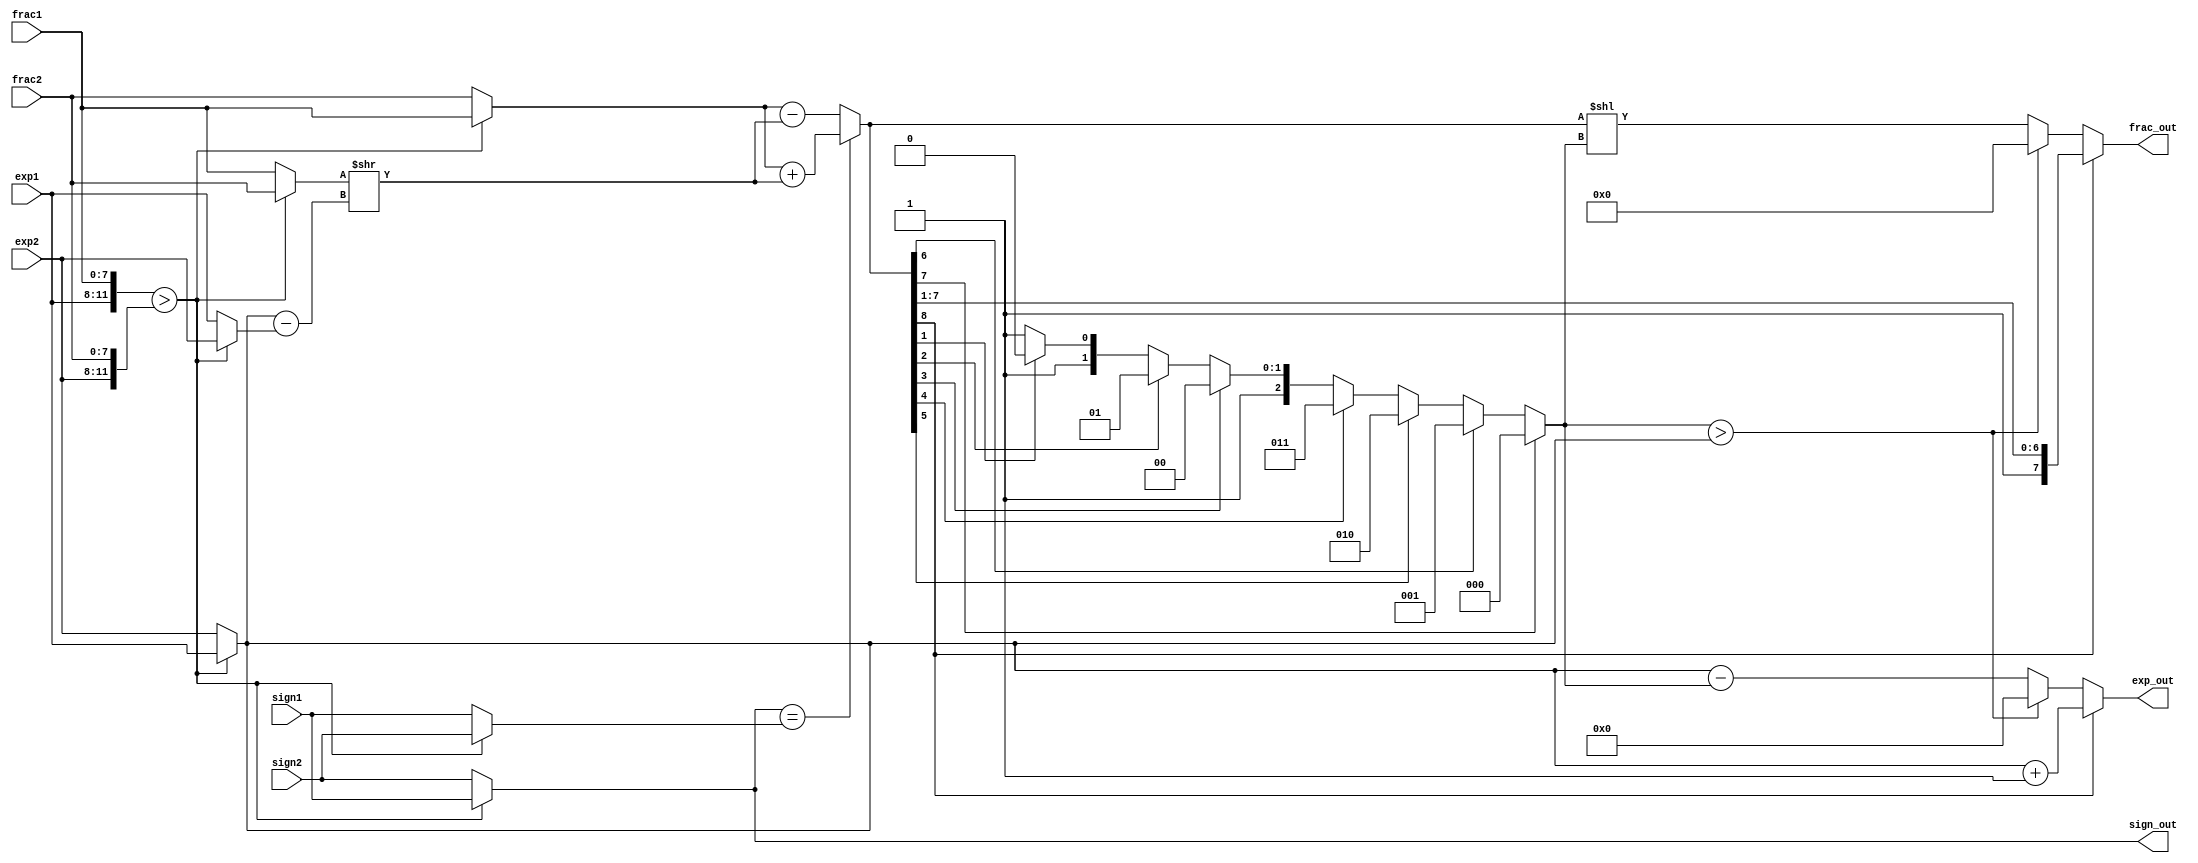
// Listing 3.21
module fp_adder
   (
    input wire sign1, sign2,
    input wire [3:0] exp1, exp2,
    input wire [7:0] frac1, frac2,
    output reg sign_out,
    output reg [3:0] exp_out,
    output reg [7:0] frac_out
   );

   // signal declaration
   //suffix b, s, a, n for
   //       big, small, aligned, normalized number
   reg signb, signs;
   reg [3:0] expb, exps, expn, exp_diff;
   reg [7:0] fracb, fracs, fraca, fracn, sum_norm;
   reg [8:0] sum;
   reg [2:0] lead0;

   // body
   always @*
   begin
      // 1st stage: sort to find the larger number
      if ({exp1, frac1} > {exp2, frac2})
         begin
            signb = sign1;
            signs = sign2;
            expb = exp1;
            exps = exp2;
            fracb = frac1;
            fracs = frac2;
         end
      else
         begin
            signb = sign2;
            signs = sign1;
            expb = exp2;
            exps = exp1;
            fracb = frac2;
            fracs = frac1;
         end

      // 2nd stage: align smaller number
      exp_diff = expb - exps;
      fraca = fracs >> exp_diff;

      // 3rd stage: add/substract
      if (signb==signs)
         sum = {1'b0, fracb} + {1'b0, fraca};
      else
         sum = {1'b0, fracb} - {1'b0, fraca};

      // 4th stage: normalize
      // count leading 0s
      if (sum[7])
         lead0 = 3'o0;
      else if (sum[6])
         lead0 = 3'o1;
      else if (sum[5])
         lead0 = 3'o2;
      else if (sum[4])
         lead0 = 3'o3;
      else if (sum[3])
         lead0 = 3'o4;
      else if (sum[2])
         lead0 = 3'o5;
      else if (sum[1])
         lead0 = 3'o6;
      else
         lead0 = 3'o7;
      // shift significand according to leading 0
      sum_norm = sum << lead0;
      // normalize with special conditions
      if (sum[8]) // with carry out; shift frac to right
         begin
            expn = expb + 1;
            fracn = sum[8:1];
         end
      else if (lead0 > expb) // too small to normalize
         begin
            expn = 0;        // set to 0
            fracn = 0;
         end
      else
         begin
            expn = expb - lead0;
           fracn = sum_norm;
         end

      // form output
      sign_out = signb;
      exp_out = expn;
      frac_out = fracn;
   end

endmodule